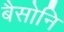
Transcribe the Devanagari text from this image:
बैसोनि